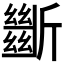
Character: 𣃔